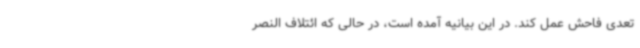
تعدی فاحش عمل کند. در این بیانیه آمده است، در حالی که ائتلاف النصر